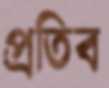
প্রতিব